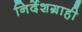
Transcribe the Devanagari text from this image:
निर्देशग्राही